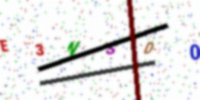
Text: E3NSD0